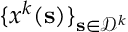
\{ \boldsymbol { x } ^ { k } ( \mathbf { s } ) \} _ { \mathbf { s } \in \mathcal { D } ^ { k } }